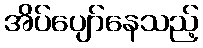
အိပ်ပျော်နေသည့်